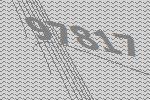
97817